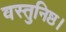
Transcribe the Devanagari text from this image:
वस्तुनिष्ठ।